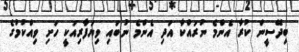
ބިދޭސީން ކުރާ އެންމެ ނުރައްކާ އަދި އެންމެ ނުބައި ވިޔަފާރިއަކީ ހަށި ވިއްކުމުގެ